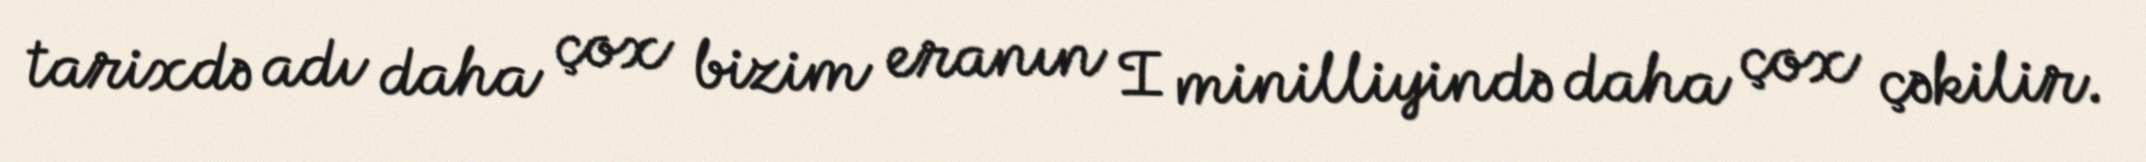
tarixdə adı daha çox bizim eranın I minilliyində daha çox çəkilir.